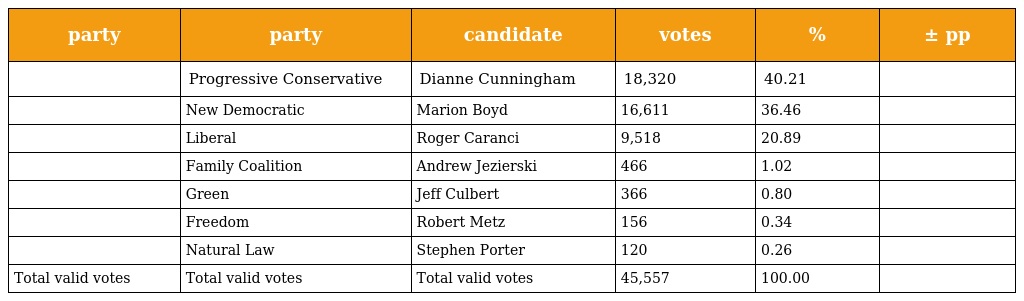
| party | party | candidate | votes | % | ± pp |
 | --- | --- | --- | --- | --- | --- |
 |  | Progressive Conservative | Dianne Cunningham | 18,320 | 40.21 |  |
 |  | New Democratic | Marion Boyd | 16,611 | 36.46 |  |
 |  | Liberal | Roger Caranci | 9,518 | 20.89 |  |
 |  | Family Coalition | Andrew Jezierski | 466 | 1.02 |  |
 |  | Green | Jeff Culbert | 366 | 0.80 |  |
 |  | Freedom | Robert Metz | 156 | 0.34 |  |
 |  | Natural Law | Stephen Porter | 120 | 0.26 |  |
 | Total valid votes | Total valid votes | Total valid votes | 45,557 | 100.00 |  |